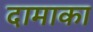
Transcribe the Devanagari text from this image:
दामाका